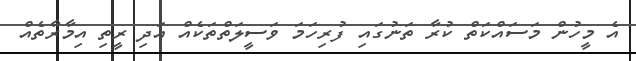
އެ މީހުން މަސައްކަތް ކުރާ ތަނުގައި ފުރިހަމަ ވަސީލަތްތަކެއް އަދި ރީތި އިމާރާތެއް